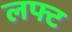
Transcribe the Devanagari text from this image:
लफ्ट